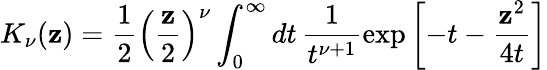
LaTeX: K_{\nu}(\mathbf{z})=\frac{{1}}{{2}}\left(\frac{{\mathbf{z}}}{{2}}\right)^{\nu}\int_{0}^{\infty}dt\, \frac{{1}}{{t^{\nu+1}}}\exp\left[-t-\frac{{\mathbf{z}^{2}}}{{4t}}\right]